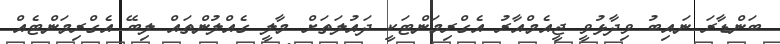
ބަންޑާރަ ނައިބު ވިދާޅުވީ ޖީއެމްއާރު އެގްރިމަންޓަކީ ދައުލަތަށް މާލީ ގެއްލުންތައް ލިބޭ އެގްރިމަންޓެއް